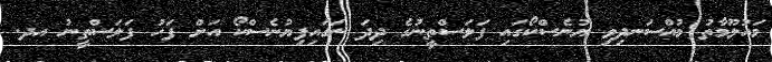
މައުލޫމާތު މުއްސަނދިވި ޔުނެސްކޯގައި ފަލަސްތީނުގެ ދިދަ ނަގައިފިޔުނެސްކޯ އަށް ފަހު ފަލަސްތީނު އދ.